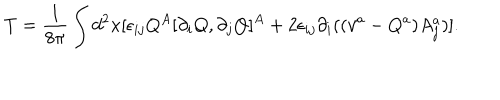
T = \frac { 1 } { 8 \pi } \int d ^ { 2 } x [ \epsilon _ { i j } Q ^ { A } [ \partial _ { i } Q , \partial _ { j } Q ] ^ { A } + 2 \epsilon _ { i j } \partial _ { i } ( ( v ^ { a } - Q ^ { a } ) A _ { j } ^ { a } ) ] .